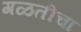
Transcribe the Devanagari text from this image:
गळतीचा